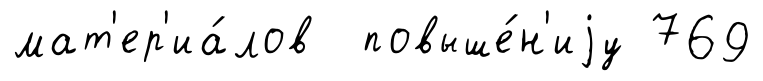
мат'ер'иа́лов повыше́н'иjу 769